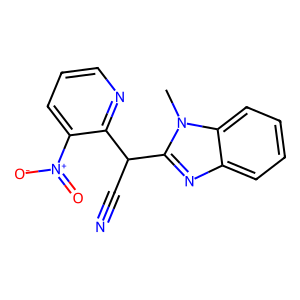
SMILES: Cn1c(C(C#N)c2ncccc2[N+](=O)[O-])nc2ccccc21
Inhibits HIV replication: No